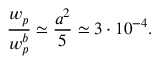
\frac { w _ { p } } { w _ { p } ^ { b } } \simeq \frac { a ^ { 2 } } { 5 } \simeq 3 \cdot 1 0 ^ { - 4 } .